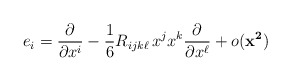
\begin{align*}e_{i}= \frac{\partial}{\partial x^{i}} - \frac{1}{6} R_{ijk\ell}\, x^{j}x^{k} \frac{\partial}{\partial x^{\ell}} + o(\mathbf{x^{2})}\end{align*}